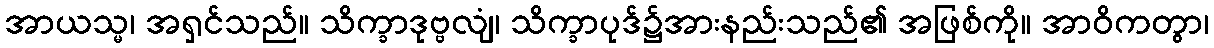
အာယသ္မ၊ အရှင်သည်။ သိက္ခာဒုဗ္ဗလျံ၊ သိက္ခာပုဒ်၌အားနည်းသည်၏ အဖြစ်ကို။ အာဝိကတွာ၊